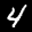
Label: 4